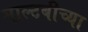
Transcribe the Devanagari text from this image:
माल्टबीच्या